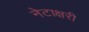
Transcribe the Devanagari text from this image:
नेटाक्षरी